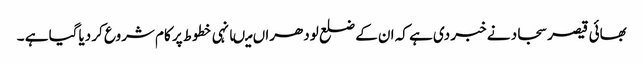
بھائی قیصر سجاد نے خبر دی ہے کہ ان کے ضلع لودھراں میںانہی خطوط پر کام شروع کر دیاگیا ہے ۔